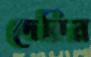
দেরির